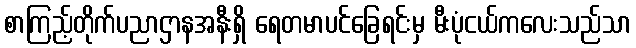
စာကြည့်တိုက်ပညာဌာနအနီးရှိ ရေတမာပင်ခြေရင်းမှ မီးပုံငယ်ကလေးသည်သာ